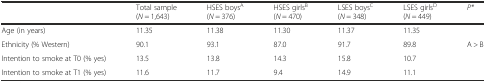
<table><thead><tr><td></td><td><b>Total sample (<i>N</i> = 1,643)</b></td><td><b>HSES boys<sup>A</sup> (<i>N</i> = 376)</b></td><td><b>HSES girls<sup>B</sup> (<i>N</i> = 470)</b></td><td><b>LSES boys<sup>C</sup> (<i>N</i> = 348)</b></td><td><b>LSES girls<sup>D</sup> (<i>N</i> = 449)</b></td><td><b><i>P*</i></b></td></tr></thead><tbody><tr><td>Age (in years)</td><td>11.35</td><td>11.38</td><td>11.30</td><td>11.37</td><td>11.35</td><td></td></tr><tr><td>Ethnicity (% Western)</td><td>90.1</td><td>93.1</td><td>87.0</td><td>91.7</td><td>89.8</td><td>A &gt; B</td></tr><tr><td>Intention to smoke at T0 (% yes)</td><td>13.5</td><td>13.8</td><td>14.3</td><td>15.8</td><td>10.7</td><td></td></tr><tr><td>Intention to smoke at T1 (% yes)</td><td>11.6</td><td>11.7</td><td>9.4</td><td>14.9</td><td>11.1</td><td></td></tr></tbody></table>